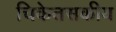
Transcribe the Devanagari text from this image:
चिकेतसकीय